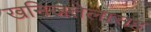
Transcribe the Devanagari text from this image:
खनिजतेलासह